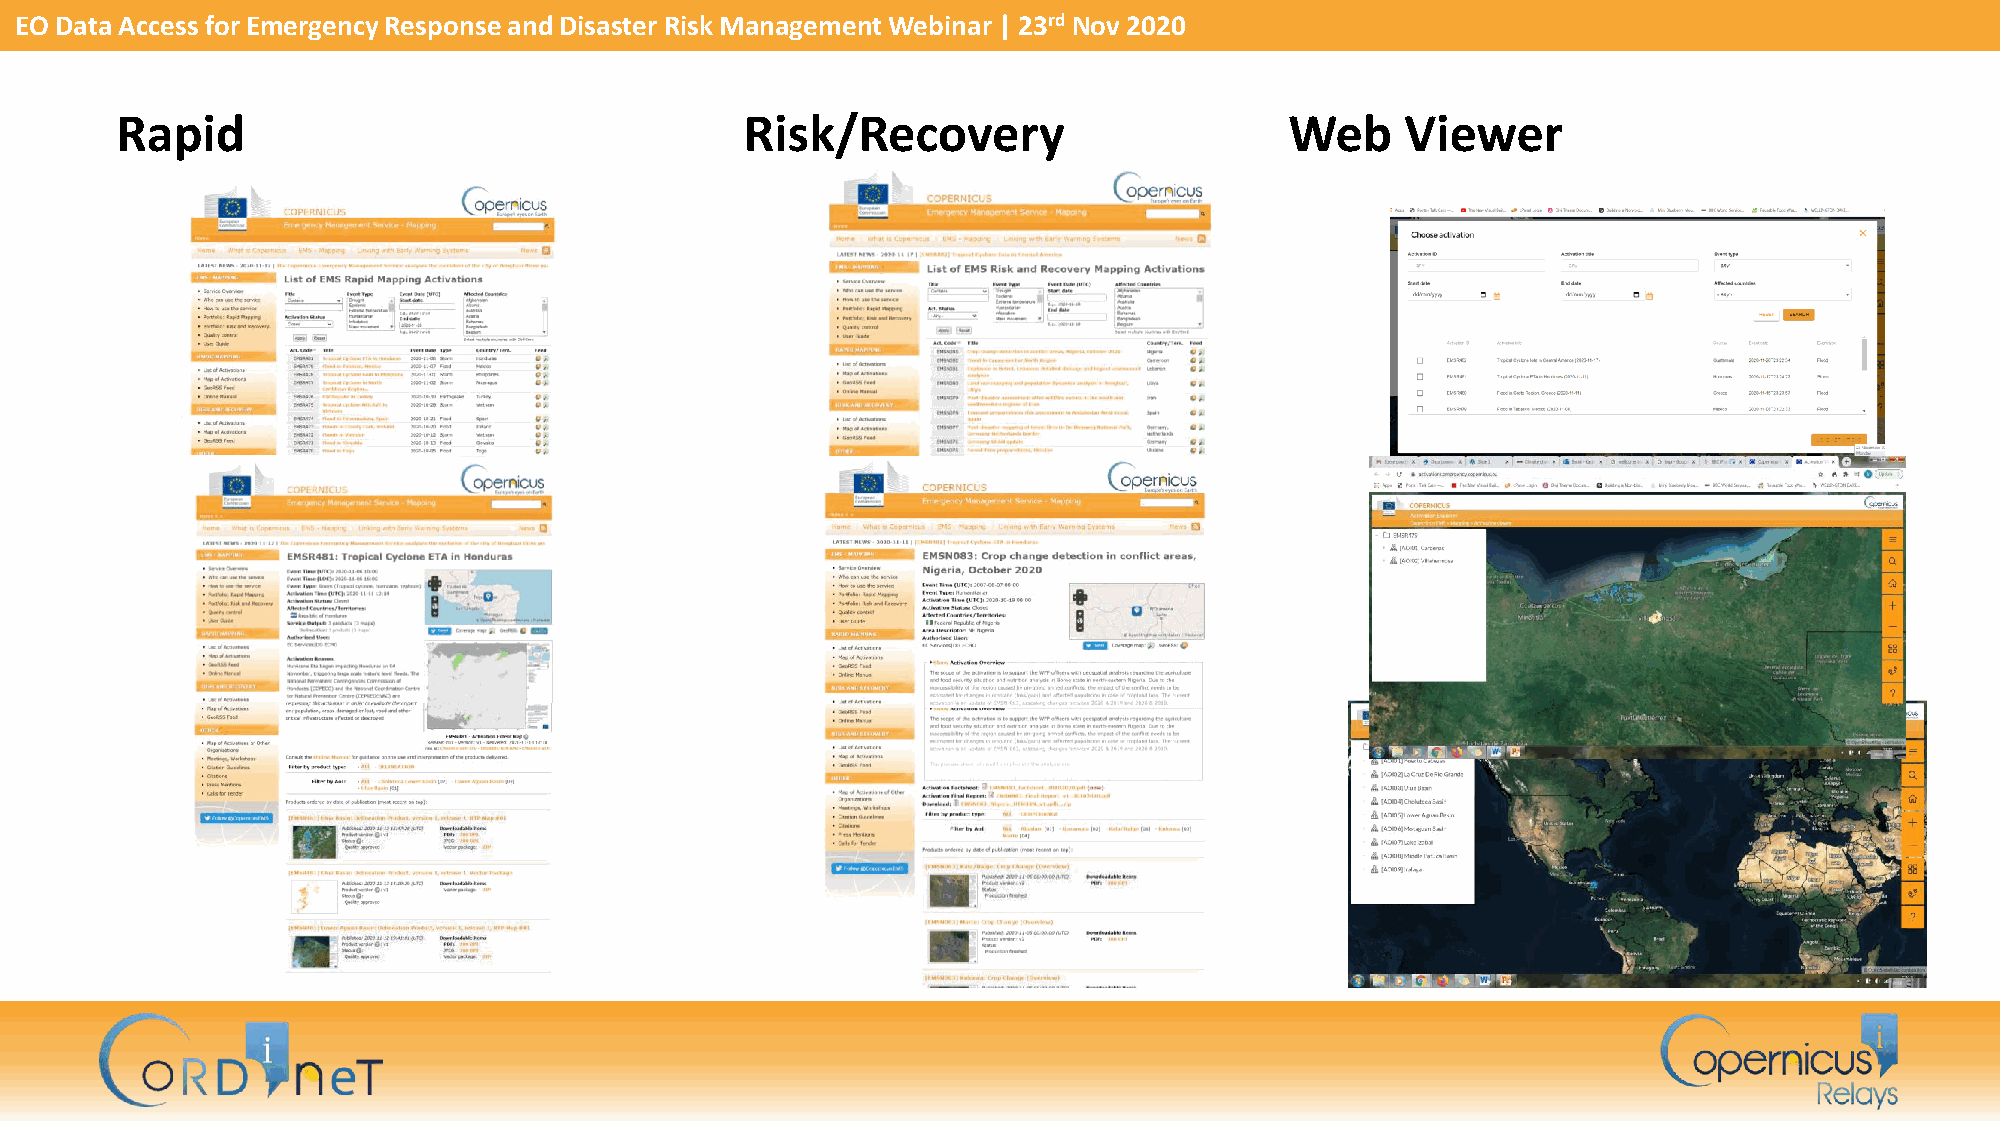
EO Data Access for Emergency Response and Disaster Risk Management Webinar | 23rd Nov 2020
 Rapid                                    Risk/Recovery                       Web     Viewer